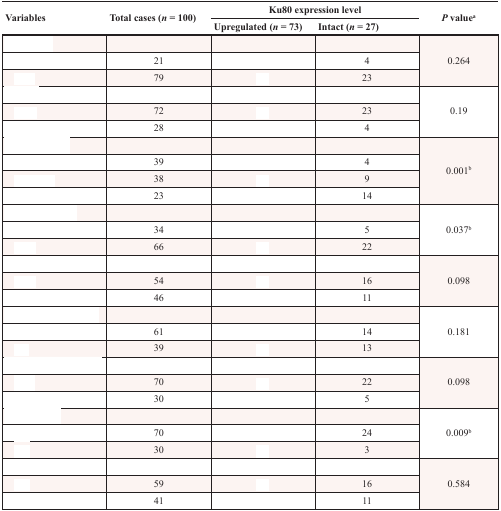
<table><thead><tr><td rowspan="2"><b>Variables</b></td><td rowspan="2"><b>Total cases (<i>n</i> = 100)</b></td><td colspan="2"><b>Ku80 expression level</b></td><td rowspan="2"><b><i>P</i> value<sup>a</sup></b></td></tr><tr><td><b>Upregulated (<i>n</i> = 73)</b></td><td><b>Intact (<i>n</i> = 27)</b></td></tr></thead><tbody><tr><td>[EMPTY_CELL]</td><td>[EMPTY_CELL]</td><td>[EMPTY_CELL]</td><td>[EMPTY_CELL]</td><td rowspan="3">0.264</td></tr><tr><td>[EMPTY_CELL]</td><td>21</td><td>[EMPTY_CELL]</td><td>4</td></tr><tr><td>[EMPTY_CELL]</td><td>79</td><td>[EMPTY_CELL]</td><td>23</td></tr><tr><td>[EMPTY_CELL]</td><td>[EMPTY_CELL]</td><td>[EMPTY_CELL]</td><td>[EMPTY_CELL]</td><td rowspan="3">0.19</td></tr><tr><td>[EMPTY_CELL]</td><td>72</td><td>[EMPTY_CELL]</td><td>23</td></tr><tr><td>[EMPTY_CELL]</td><td>28</td><td>[EMPTY_CELL]</td><td>4</td></tr><tr><td>[EMPTY_CELL]</td><td>[EMPTY_CELL]</td><td>[EMPTY_CELL]</td><td>[EMPTY_CELL]</td><td rowspan="4">0.001<sup>b</sup></td></tr><tr><td>[EMPTY_CELL]</td><td>39</td><td>[EMPTY_CELL]</td><td>4</td></tr><tr><td>[EMPTY_CELL]</td><td>38</td><td>[EMPTY_CELL]</td><td>9</td></tr><tr><td>[EMPTY_CELL]</td><td>23</td><td>[EMPTY_CELL]</td><td>14</td></tr><tr><td>[EMPTY_CELL]</td><td>[EMPTY_CELL]</td><td>[EMPTY_CELL]</td><td>[EMPTY_CELL]</td><td rowspan="3">0.037<sup>b</sup></td></tr><tr><td>[EMPTY_CELL]</td><td>34</td><td>[EMPTY_CELL]</td><td>5</td></tr><tr><td>[EMPTY_CELL]</td><td>66</td><td>[EMPTY_CELL]</td><td>22</td></tr><tr><td>[EMPTY_CELL]</td><td>[EMPTY_CELL]</td><td>[EMPTY_CELL]</td><td>[EMPTY_CELL]</td><td rowspan="3">0.098</td></tr><tr><td>[EMPTY_CELL]</td><td>54</td><td>[EMPTY_CELL]</td><td>16</td></tr><tr><td>[EMPTY_CELL]</td><td>46</td><td>[EMPTY_CELL]</td><td>11</td></tr><tr><td>[EMPTY_CELL]</td><td>[EMPTY_CELL]</td><td>[EMPTY_CELL]</td><td>[EMPTY_CELL]</td><td rowspan="3">0.181</td></tr><tr><td>[EMPTY_CELL]</td><td>61</td><td>[EMPTY_CELL]</td><td>14</td></tr><tr><td>[EMPTY_CELL]</td><td>39</td><td>[EMPTY_CELL]</td><td>13</td></tr><tr><td>[EMPTY_CELL]</td><td>[EMPTY_CELL]</td><td>[EMPTY_CELL]</td><td>[EMPTY_CELL]</td><td rowspan="3">0.098</td></tr><tr><td>[EMPTY_CELL]</td><td>70</td><td>[EMPTY_CELL]</td><td>22</td></tr><tr><td>[EMPTY_CELL]</td><td>30</td><td>[EMPTY_CELL]</td><td>5</td></tr><tr><td>[EMPTY_CELL]</td><td>[EMPTY_CELL]</td><td>[EMPTY_CELL]</td><td>[EMPTY_CELL]</td><td rowspan="3">0.009<sup>b</sup></td></tr><tr><td>[EMPTY_CELL]</td><td>70</td><td>[EMPTY_CELL]</td><td>24</td></tr><tr><td>[EMPTY_CELL]</td><td>30</td><td>[EMPTY_CELL]</td><td>3</td></tr><tr><td>[EMPTY_CELL]</td><td>[EMPTY_CELL]</td><td>[EMPTY_CELL]</td><td>[EMPTY_CELL]</td><td rowspan="3">0.584</td></tr><tr><td>[EMPTY_CELL]</td><td>59</td><td>[EMPTY_CELL]</td><td>16</td></tr><tr><td>[EMPTY_CELL]</td><td>41</td><td>[EMPTY_CELL]</td><td>11</td></tr></tbody></table>